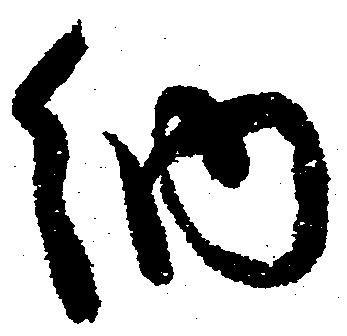
納